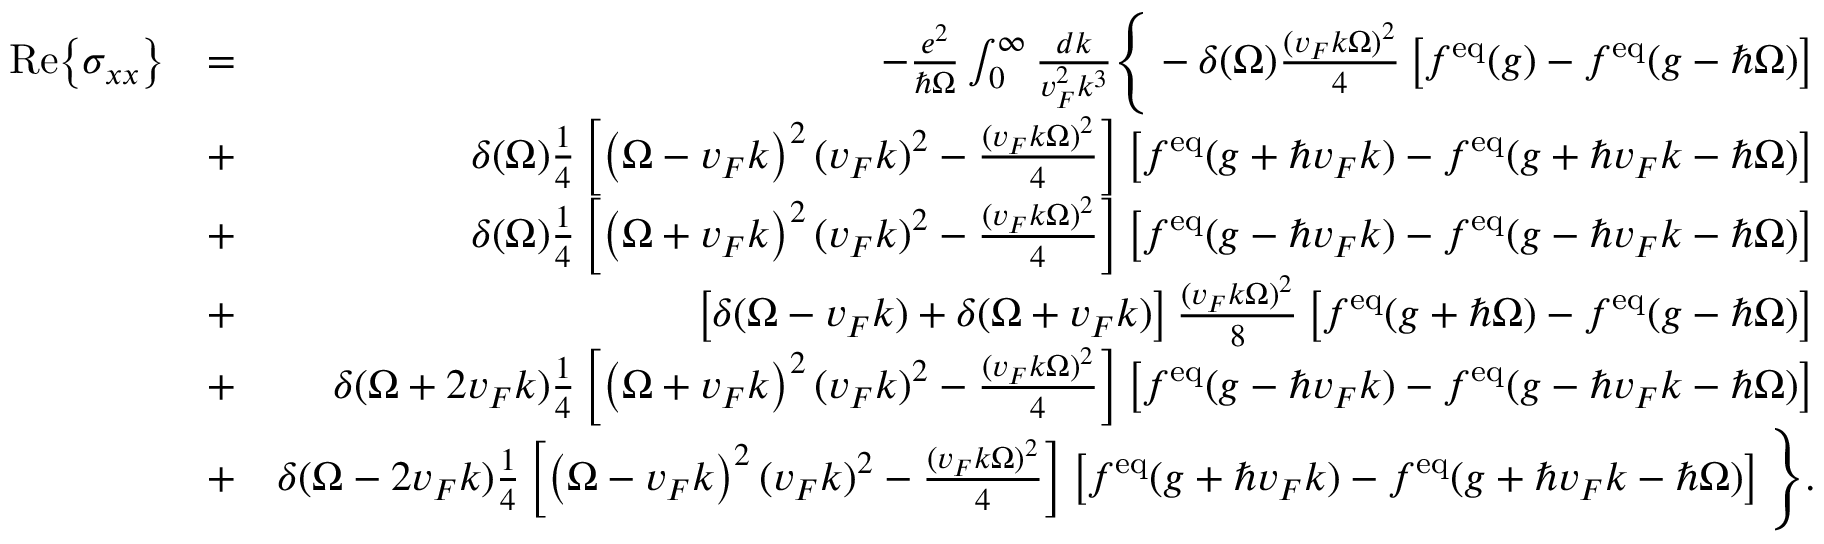
\begin{array} { r l r } { \mathrm { R e } { \left\{ \sigma _ { x x } \right\} } } & { = } & { - \frac { e ^ { 2 } } { \hbar \Omega } \int _ { 0 } ^ { \infty } \frac { d k } { v _ { F } ^ { 2 } k ^ { 3 } } \Bigg \{ - \delta ( \Omega ) \frac { ( v _ { F } k \Omega ) ^ { 2 } } { 4 } \left[ f ^ { \mathrm { e q } } ( g ) - f ^ { \mathrm { e q } } ( g - \hbar \Omega ) \right] } \\ & { + } & { \delta ( \Omega ) \frac { 1 } { 4 } \left[ \left( \Omega - v _ { F } k \right) ^ { 2 } ( v _ { F } k ) ^ { 2 } - \frac { ( v _ { F } k \Omega ) ^ { 2 } } { 4 } \right] \left[ f ^ { \mathrm { e q } } ( g + \hbar v _ { F } k ) - f ^ { \mathrm { e q } } ( g + \hbar v _ { F } k - \hbar \Omega ) \right] } \\ & { + } & { \delta ( \Omega ) \frac { 1 } { 4 } \left[ \left( \Omega + v _ { F } k \right) ^ { 2 } ( v _ { F } k ) ^ { 2 } - \frac { ( v _ { F } k \Omega ) ^ { 2 } } { 4 } \right] \left[ f ^ { \mathrm { e q } } ( g - \hbar v _ { F } k ) - f ^ { \mathrm { e q } } ( g - \hbar v _ { F } k - \hbar \Omega ) \right] } \\ & { + } & { \left[ \delta ( \Omega - v _ { F } k ) + \delta ( \Omega + v _ { F } k ) \right] \frac { ( v _ { F } k \Omega ) ^ { 2 } } { 8 } \left[ f ^ { \mathrm { e q } } ( g + \hbar \Omega ) - f ^ { \mathrm { e q } } ( g - \hbar \Omega ) \right] } \\ & { + } & { \delta ( \Omega + 2 v _ { F } k ) \frac { 1 } { 4 } \left[ \left( \Omega + v _ { F } k \right) ^ { 2 } ( v _ { F } k ) ^ { 2 } - \frac { ( v _ { F } k \Omega ) ^ { 2 } } { 4 } \right] \left[ f ^ { \mathrm { e q } } ( g - \hbar v _ { F } k ) - f ^ { \mathrm { e q } } ( g - \hbar v _ { F } k - \hbar \Omega ) \right] } \\ & { + } & { \delta ( \Omega - 2 v _ { F } k ) \frac { 1 } { 4 } \left[ \left( \Omega - v _ { F } k \right) ^ { 2 } ( v _ { F } k ) ^ { 2 } - \frac { ( v _ { F } k \Omega ) ^ { 2 } } { 4 } \right] \left[ f ^ { \mathrm { e q } } ( g + \hbar v _ { F } k ) - f ^ { \mathrm { e q } } ( g + \hbar v _ { F } k - \hbar \Omega ) \right] \Bigg \} . } \end{array}